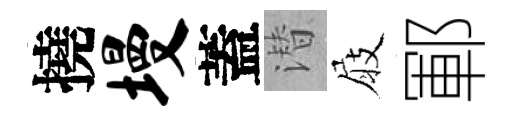
撓墁蓋潜屐鄆